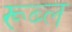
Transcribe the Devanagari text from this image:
रूब्ल